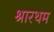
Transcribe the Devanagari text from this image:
श्रारथम